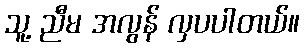
သူ့ ညီမ အလွန် လှပပါတယ်။